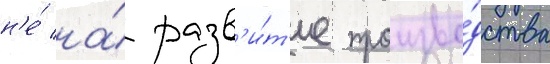
н'е́ на́ разв'и́т'ие произво́дства